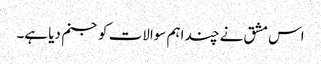
اس مشق نے چند اہم سوالات کو جنم دیا ہے۔